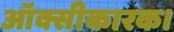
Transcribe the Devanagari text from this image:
ऑक्सीकारक।